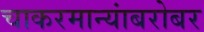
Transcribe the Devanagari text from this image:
चाकरमान्यांबरोबर